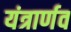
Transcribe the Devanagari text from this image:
यंत्रार्णव